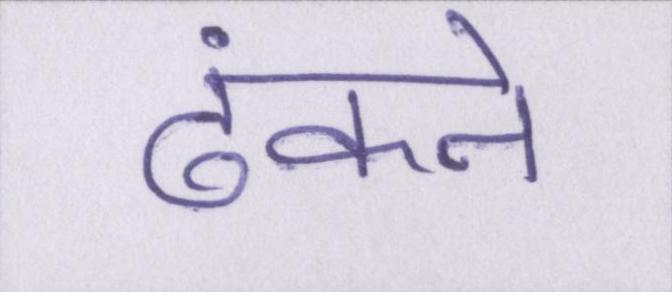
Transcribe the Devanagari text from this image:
ढंकने